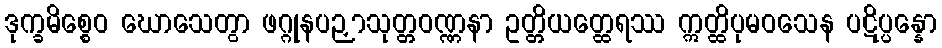
ဒုက္ခမိစ္စေဝ ဃောသေတွာ ဖဂ္ဂုနပဉှာသုတ္တဝဏ္ဏနာ ဥတ္တိယတ္ထေရဿ ဣတ္ထိပုမဝသေန ပဋိပ္ပန္နော